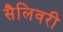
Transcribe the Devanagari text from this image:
सैलिवरी